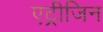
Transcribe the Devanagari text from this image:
एट्रीजिन